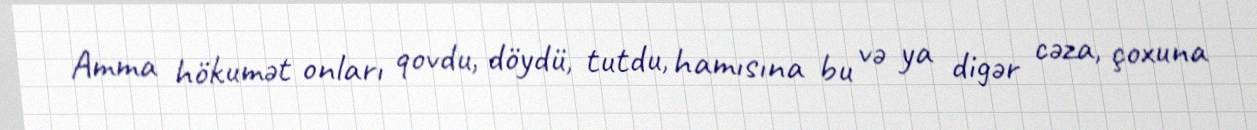
Amma hökumət onları qovdu, döydü, tutdu, hamısına bu və ya digər cəza, çoxuna